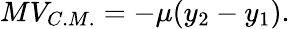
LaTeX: MV_{C.M.}=-\mu(y_{2}-y_{1}).